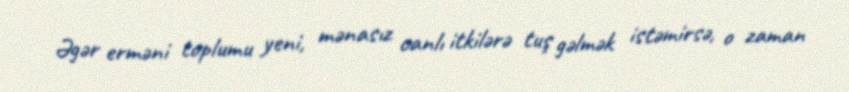
Əgər erməni toplumu yeni, mənasız canlı itkilərə tuş gəlmək istəmirsə, o zaman